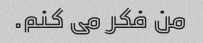
من فکر می کنم.